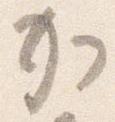
加